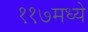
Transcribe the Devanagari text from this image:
११७मध्ये